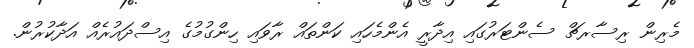
މެރިން ރިސާރޗް ސެންޓަރުގައި އިދާރީ އެންމެހައި ކަންތައް ރާވައި ހިންގުމުގެ އިސްދައުރެއް އަދާކުރުން.